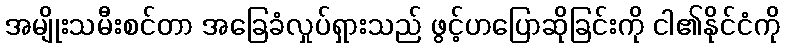
အမျိုးသမီးစင်တာ အခြေခံလှုပ်ရှားသည် ဖွင့်ဟပြောဆိုခြင်းကို ငါ၏နိုင်ငံကို